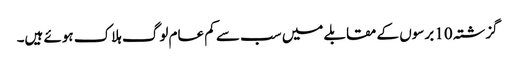
گزشتہ 10 برسوں کے مقابلے میں سب سے کم عام لوگ ہلاک ہوئے ہیں۔